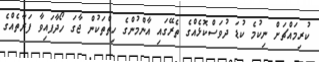
ކުރިމައްޗަށް ނިކުމެ ކުޑަ ދުވަސްކޮޅެއްގެ ތެރޭގައި އާންމުންގެ ހިތްތަކުން ޖާގަ ހޯދާފައިވާ ފަރާތެއްގެ